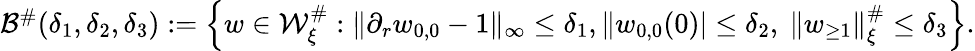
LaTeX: \begin{array}{r}{\mathcal{B}^{\# }(\delta_{1},\delta_{2},\delta_{3}):=\left\{ w\in\mathcal{W}_{\xi}^{\# }:\| \partial_{r}w_{0,0}-1\| _{\infty}\leq\delta_{1},\| w_{0,0}(0)|\leq\delta_{2},\ \| w_{\geq 1}\| _{\xi}^{\# }\leq\delta_{3}\right\} .}\end{array}